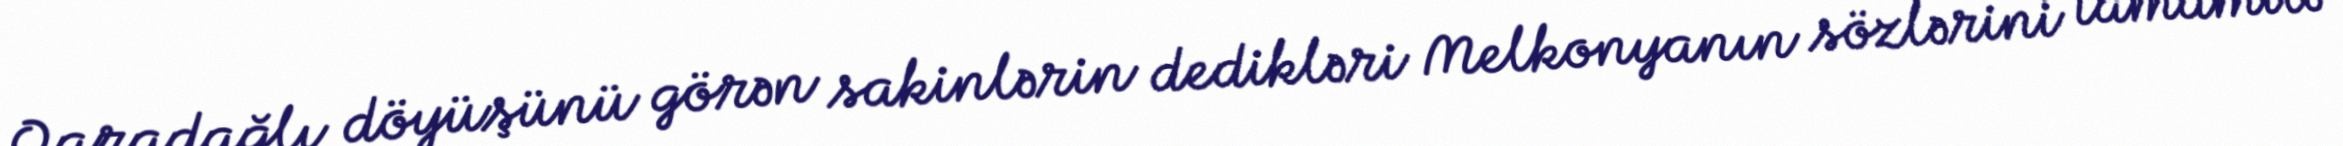
Qaradağlı döyüşünü görən sakinlərin dedikləri Melkonyanın sözlərini tamamilə